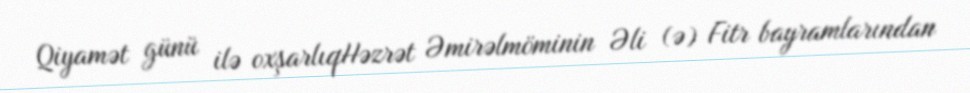
Qiyamət günü ilə oxşarlıqHəzrət Əmirəlmöminin Əli (ə) Fitr bayramlarından